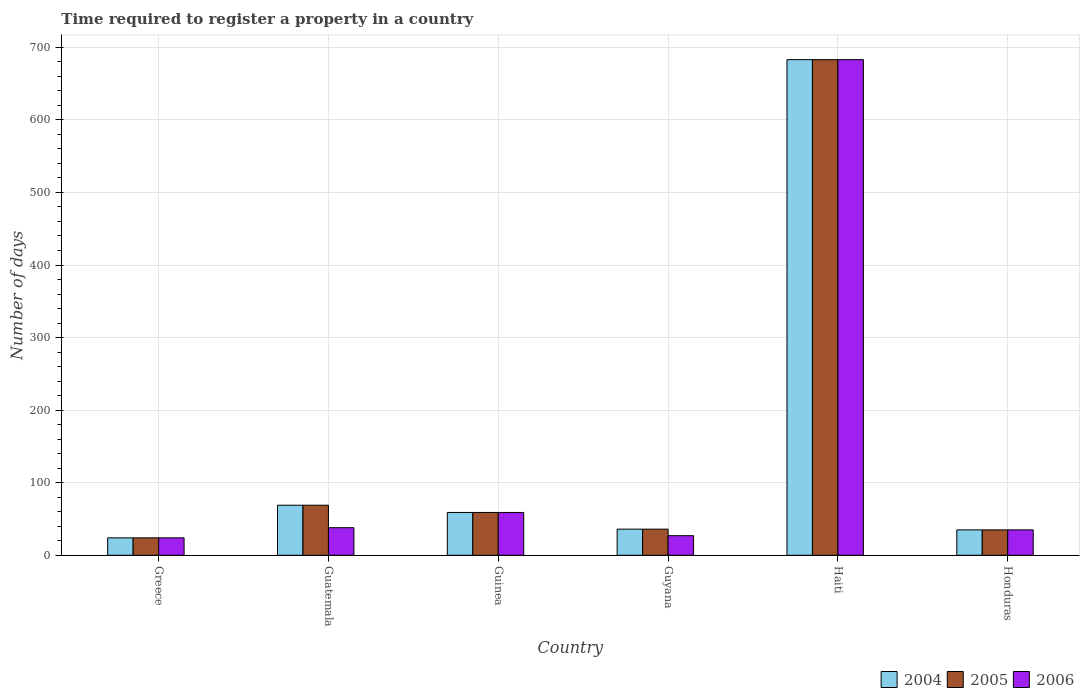
| Country | 2004 | 2005 | 2006 |
 | --- | --- | --- | --- |
 | Greece | 24 | 24 | 24 |
 | Guatemala | 69 | 69 | 38 |
 | Guinea | 59 | 59 | 59 |
 | Guyana | 36 | 36 | 27 |
 | Haiti | 683 | 683 | 683 |
 | Honduras | 35 | 35 | 35 |